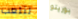
لنلعب بوريتو